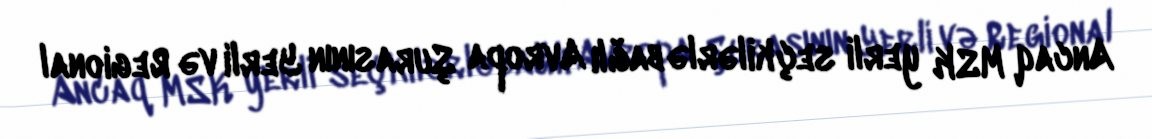
Ancaq MSK yerli seçkilərlə bağlı Avropa Şurasının Yerli və Regional